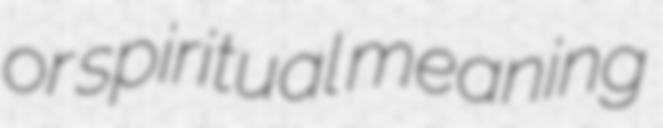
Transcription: or spiritual meaning